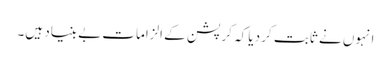
انہوں نے ثابت کر دیا کہ کرپشن کے الزامات بے بنیاد ہیں۔